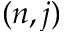
( n , j )